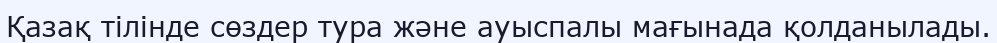
Қазақ тілінде сөздер тура және ауыспалы мағынада қолданылады.